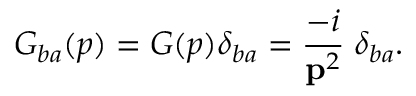
G _ { b a } ( p ) = G ( p ) \delta _ { b a } = \frac { - i } { { \bf p } ^ { 2 } } \; \delta _ { b a } .